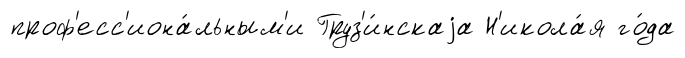
проф'есс'иона́льным'и Груз'и́нскаjа Н'икола́я го́да